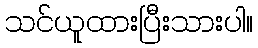
သင်ယူထားပြီးသားပါ။